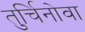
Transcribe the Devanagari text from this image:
तुर्चिनोवा